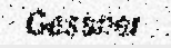
Gessner